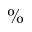
\%